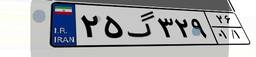
۴۷گ۳۲۱۵۱